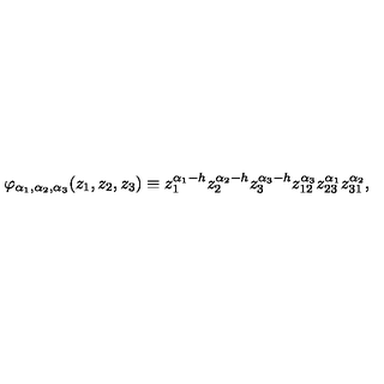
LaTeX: \varphi _ { \alpha _ { 1 } , \alpha _ { 2 } , \alpha _ { 3 } } ( z _ { 1 } , z _ { 2 } , z _ { 3 } ) \equiv z _ { 1 } ^ { \alpha _ { 1 } - h } z _ { 2 } ^ { \alpha _ { 2 } - h } z _ { 3 } ^ { \alpha _ { 3 } - h } z _ { 1 2 } ^ { \alpha _ { 3 } } z _ { 2 3 } ^ { \alpha _ { 1 } } z _ { 3 1 } ^ { \alpha _ { 2 } } ,